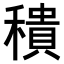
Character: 𥢢